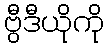
ဗွီဒီယိုကို